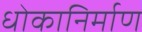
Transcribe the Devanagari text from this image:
धोकानिर्माण